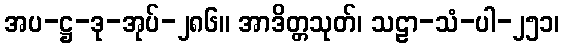
အပ-ဋ္ဌ-ဒု-အုပ်-၂၈၆။ အာဒိတ္တသုတ်၊ သဠာ-သံ-ပါ-၂၅၁၊